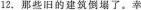
12.那些旧的建筑倒塌了.幸